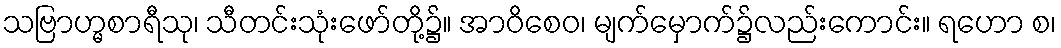
သဗြာဟ္မစာရီသု၊ သီတင်းသုံးဖော်တို့၌။ အာဝိစေဝ၊ မျက်မှောက်၌လည်းကောင်း။ ရဟော စ၊